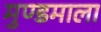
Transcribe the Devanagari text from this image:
मुण्डमाला